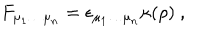
F _ { \mu _ { 1 } \dots \mu _ { n } } = \epsilon _ { \mu _ { 1 } \dots \mu _ { n } } \kappa ( \rho ) ~ ,